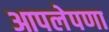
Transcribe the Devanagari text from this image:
आपलेपणा